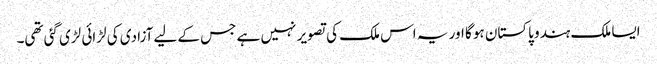
ایسا ملک ہندو پاکستان ہو گا اور یہ اس ملک کی تصویر نہیں ہے جس کے لیے آزادی کی لڑائی لڑی گئی تھی۔